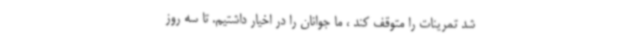
شد تمرینات را متوقف کند ، ما جوانان را در اخیار داشتیم. تا سه روز